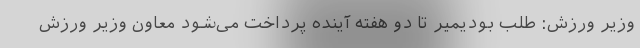
وزیر ورزش: طلب بودیمیر تا دو هفته آینده پرداخت می‌شود معاون وزیر ورزش